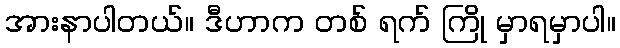
အားနာပါတယ်။ ဒီဟာက တစ် ရက် ကြို မှာရမှာပါ။